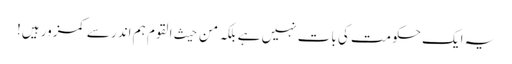
یہ ایک حکومت کی بات نہیں ہے بلکہ من حیث القوم ہم اندر سے کمزور ہیں!